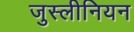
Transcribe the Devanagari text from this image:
जुस्लीनियन